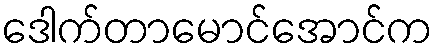
ဒေါက်တာမောင်အောင်က